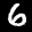
Label: 6